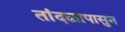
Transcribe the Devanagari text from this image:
तांदळापासुन